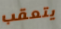
يتعقب